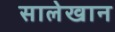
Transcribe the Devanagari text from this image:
सालेखान